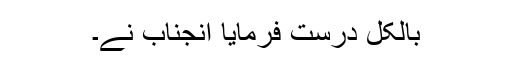
بالکل درست فرمایا آنجناب نے۔